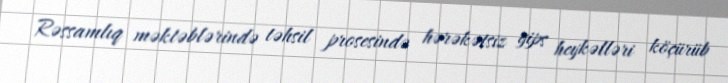
Rəssamlıq məktəblərində təhsil prosesində hərəkətsiz gips heykəlləri köçürüb